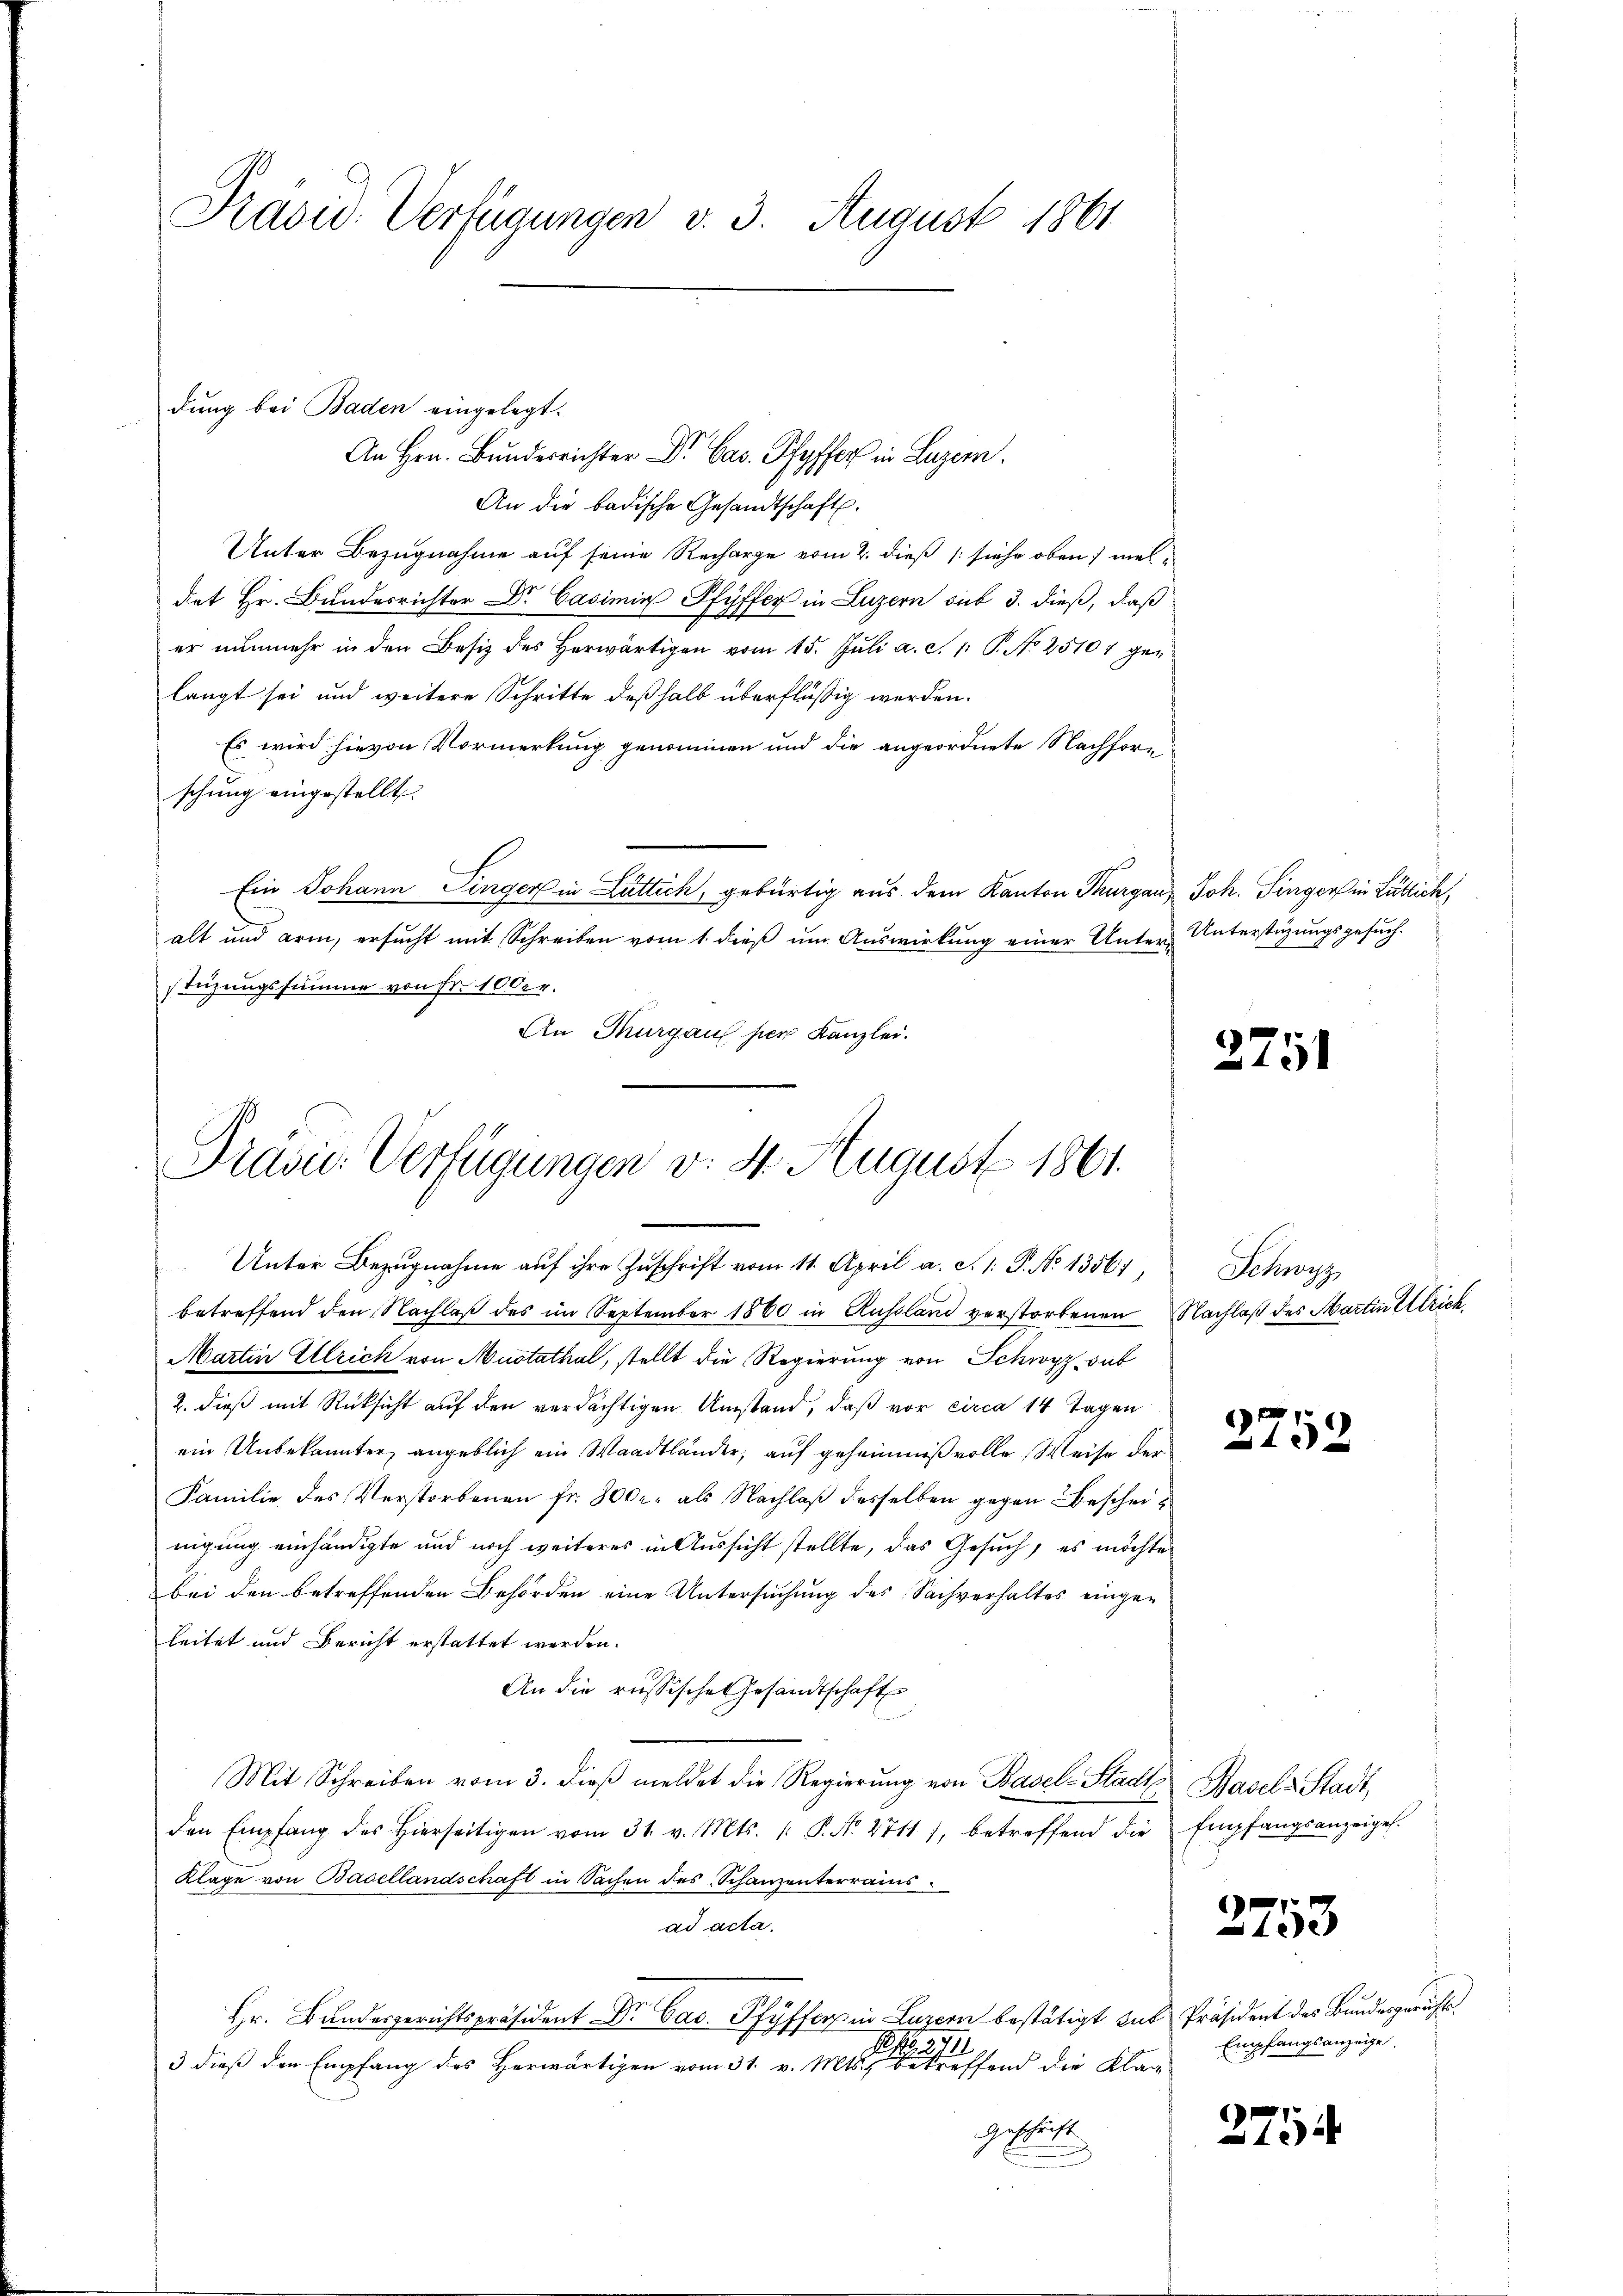
Präsid. Verfügungen v. 3. August 1861

dung bei Baden eingelegt.

Prasie Verfügungen v. 4. August 1861.

Unter Bezugnahme auf ihre Zuschrift vom 11. April a. S. 1: P. No 13567,

n
An Hrn. Bunderrichter Dr. Cas. Pfyffer in Luzern.
An die badische Gesandtschaft.
Unter Bezugnahme auf seine Recharge vom 2. dieß (: siehe oben) meldat Hr. Bundesrichter Dr. Casimi Pfyffer in Luzern sub 3. dieß, daß
er nŭnmehr in den Besiz des herwärtigen vom 15. Jŭli a. c. 1 S. No 25107 gelangt sei und weitere Schritte deßhalb überflüßig werden.
Es wird hievon Vormerkung genommen und die angeordnete Nachforschung eingestellt.
Ein Johann Singer in Luttich, gebürtig aus dem Kanton Thurgau, Joh. Finger in Lütlich,
alt und arm, ersucht mit Schreiben vom 1. dieß um Auswirkung einer Unter-Unterstüzungsgesuchstüzungssumme von Fr. 100er.
An Thurgaus per Kanzlei.

betreffend den Nachlaβ des im September 1860 in Aussland verstorbenen Nachlaß des Martin Ulrich,
Martin Ullrich von Mustathal, stellt die Regierung von Schwyz, Sub
2. dieß mit Rücksicht auf den verdächtigen Umstand, daß vor circa 14 Tagen
ein Unbekannter angeblich ein Waadtländer, auf geheimniß volle Weise der
Familie des Verstorbenen fr. 800 r. als Nachlaß desselben gegen Bescheinigung einhändigte und noch weiteres in Aussicht stellte, das Gesuch, es möchte
bei den betreffenden Behörden eine Untersuchung des Sachverhaltes eingeleitet und Bericht erstattet werden.
An die russische Gesandtschaft
Mit Schreiben vom 3. dieβ meldet die Regierŭng von Basel-Stadt Basel-Stadt,
den Empfang des hierseitigen vom 31. v. Mts. 1. P. Nr. 2711), betreffend die Empfangsanzeigel.
Klage von Basellandschaft in Sachen des Schanzenterrains
ad acta.
Hr. Bundesgerichtspräsident Dr. Cac. Pfyffer in Luzern bestätigt das Präsident des Bundesgerichts¬
NNo. 2111
3 dieß den Empfang des Herwärtigen vom 31. v. Mts., betreffend die Klag
Geschrift

2751

Schwyz

e
 15 x

2753

275

Empfangsanzeige.